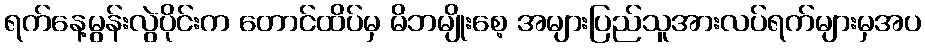
ရက်နေ့မွန်းလွဲပိုင်းက တောင်ထိပ်မှ မိဘမျိုးစေ့ အများပြည်သူအားလပ်ရက်များမှအပ